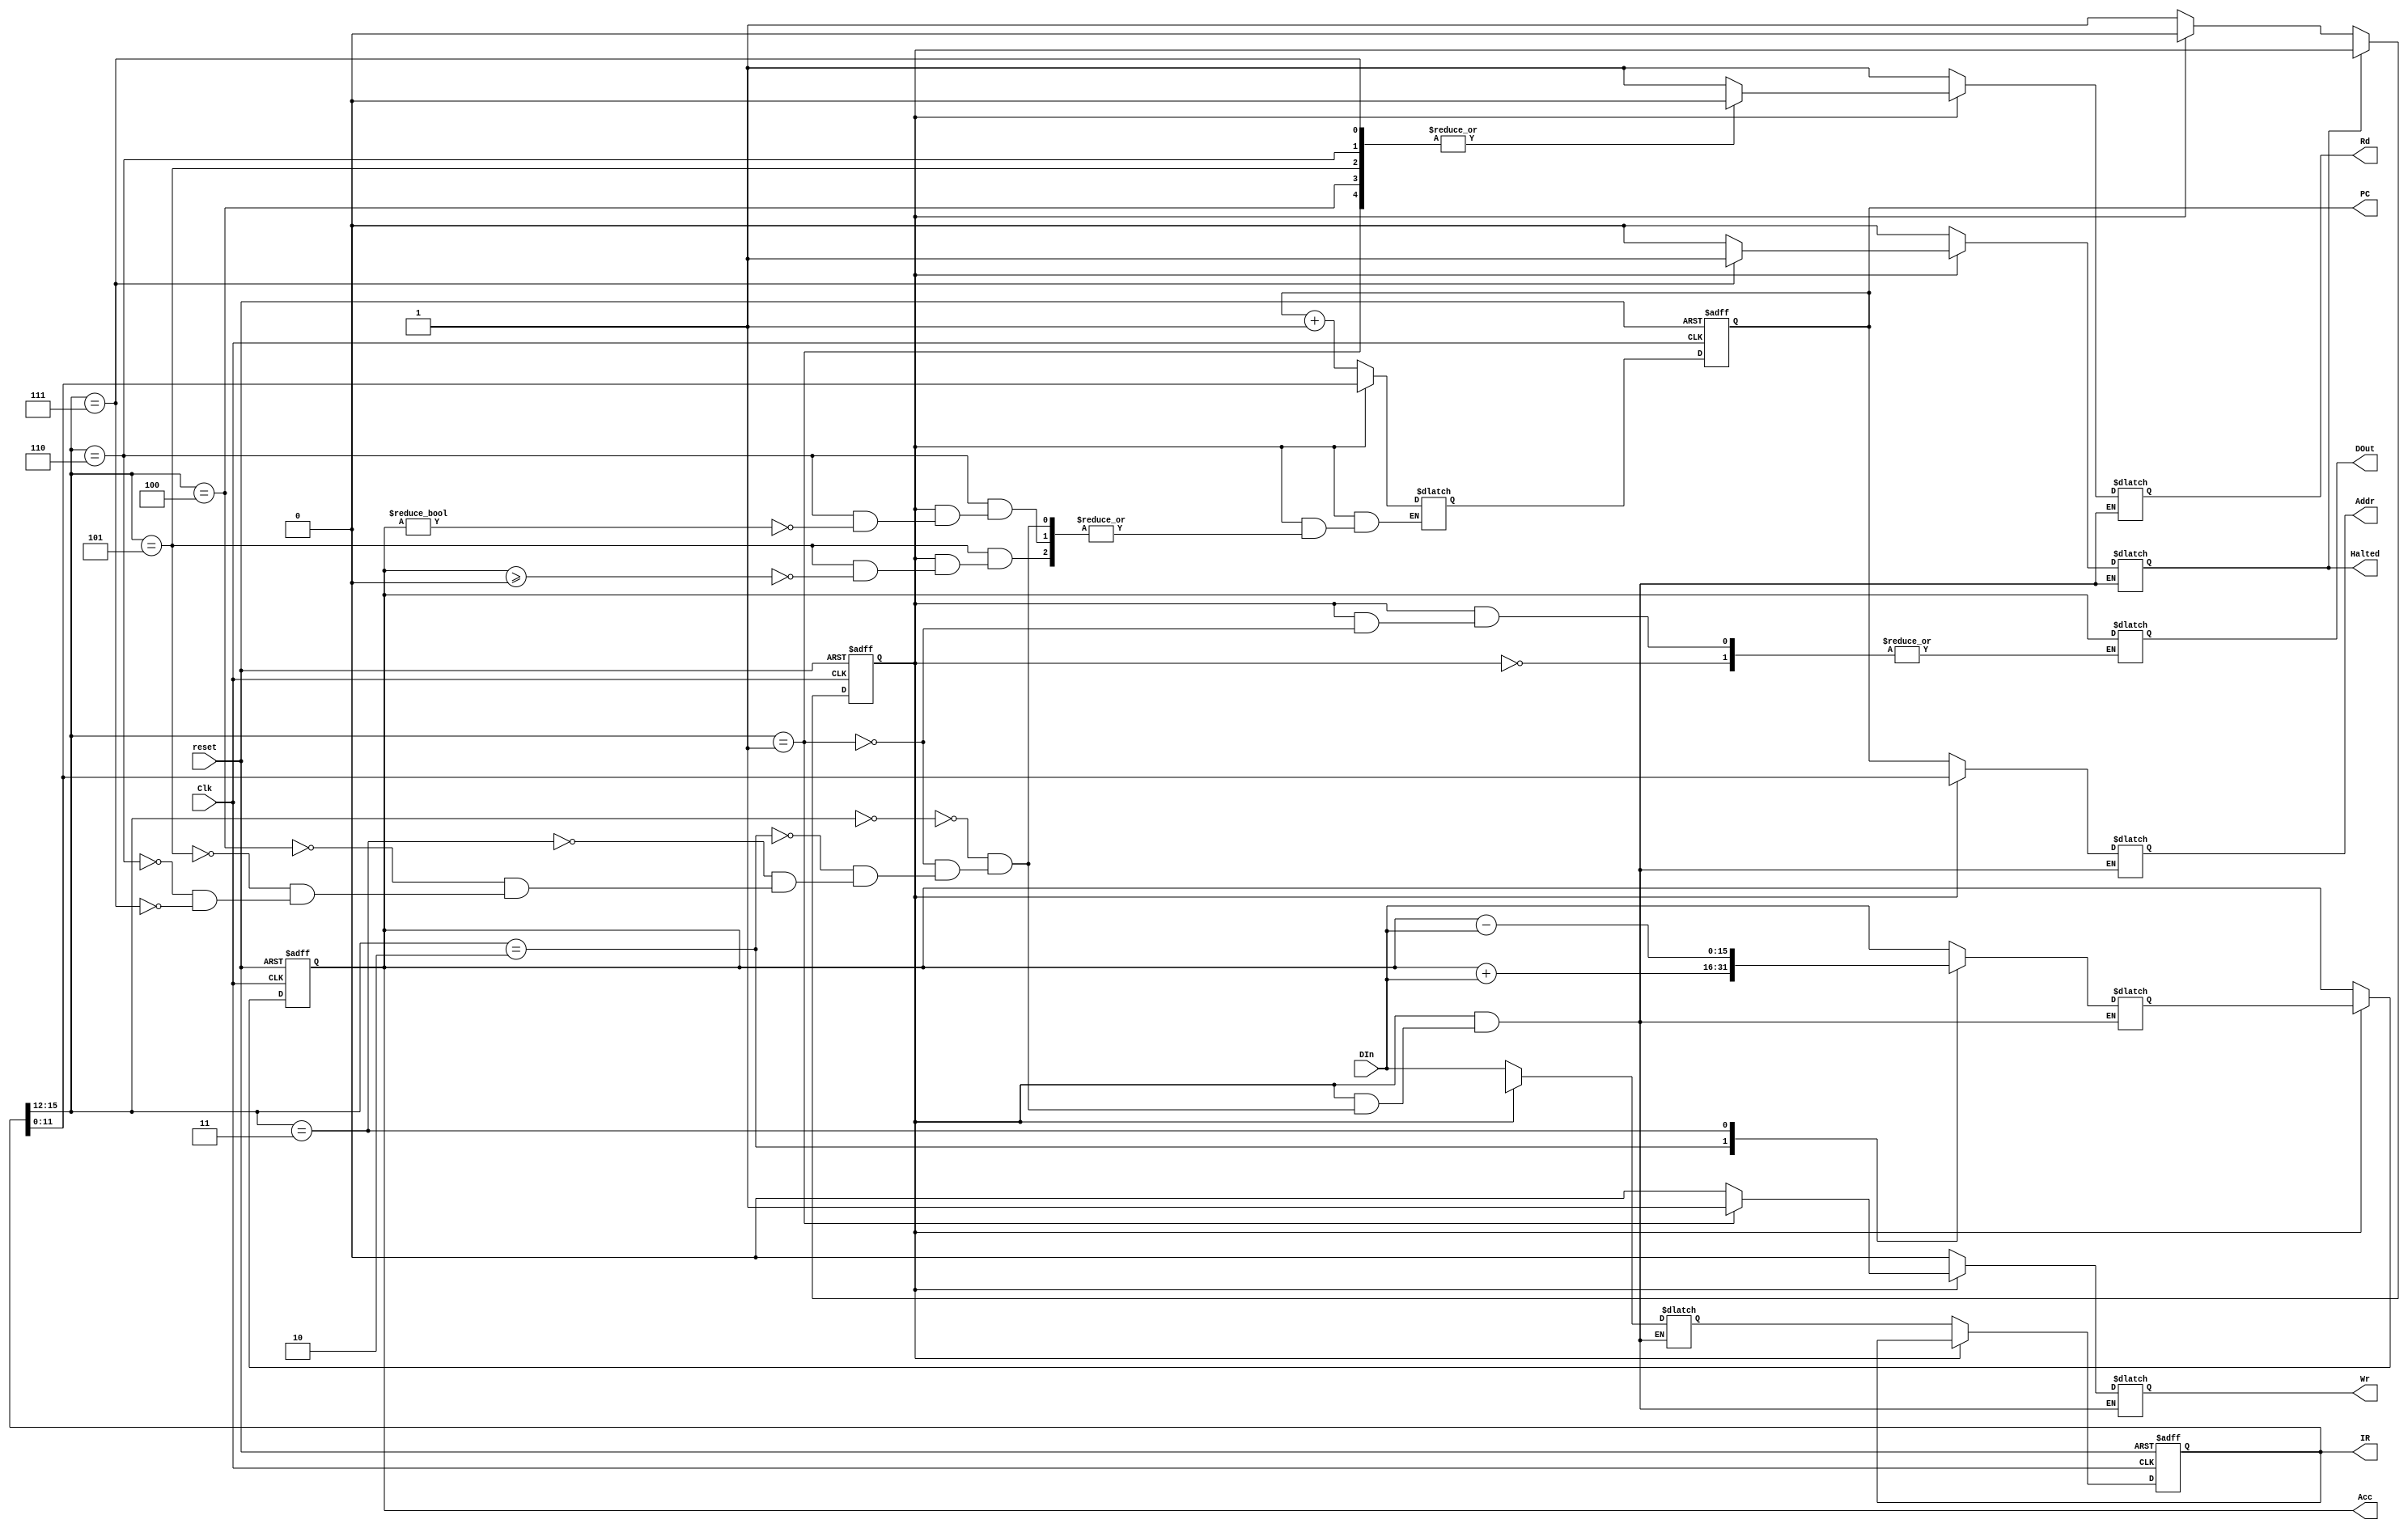
//Verilog HDL for Undergraduate course: "COMP12111", "MU0_Control" "functional"

module MU0_try (input   Clk, 
                input   reset,
		            input   [15:0] DIn,
                output  reg [11:0] Addr,
                output  reg Wr, 
                output  reg Rd,
                output  reg Halted,
		            output  reg [11:0] PC,
                output  reg [15:0] IR,
                output  reg [15:0] Acc,
                output  reg [15:0] DOut);
		
reg current_state;
reg [11:0]PC_value;
reg [15:0]IR_value;
reg [15:0]Acc_value;

always@(posedge Clk, posedge reset)
begin
  if (reset)
    begin
      current_state <= 0;
    end
  else
    begin
    if(!Halted)
      if(!current_state)
        current_state <= 1;
      else 
        current_state <= 0;
    end
end

always@(posedge Clk, posedge reset)   // IR register
begin
  if (reset)
    IR <= 0;
  else if(!current_state)
    IR <= IR_value;
end

always@(posedge Clk, posedge reset)  // PC register
begin
  if (reset)
    PC <= 0;
  else
    PC <= PC_value;
end

always@(posedge Clk, posedge reset)  // Acc register
begin
  if (reset)
    Acc <= 0;
  else if(current_state)
    Acc <= Acc_value;
end
  
always@(*)
  if(!current_state)     // fetch
    begin
      Rd=1;
      Wr=0;
      Addr = PC;
      Halted = 0;
      IR_value = DIn;
      PC_value = PC +1;
      Acc_value = 'hxxxx;
    end 
  else               // decode and execute
    begin
      case(IR[15:12])
       
      0: begin      // load
        Addr = IR[11:0];
	      Acc_value = DIn;
	      Halted = 0;
	      Rd=1;
              Wr=0;
	      IR_value = 'hxxxx;
	      PC_value = 'hxxxx;
      end
      
      1: begin   // store
        Wr=1;
        Addr = IR[11:0];
	      DOut = Acc;
	      Halted = 0;
	      Rd=0;
        Wr=1;
	      Acc_value = 'hxxxx;
	      IR_value = 'hxxxx;
	      PC_value = 'hxxxx;
      end
      
      2: begin   // add
        Addr = IR[11:0];
	      Acc_value = Acc + DIn;
	      Halted = 0;
	      Rd=1;
        Wr=0;
	      IR_value = 'hxxxx;
	      PC_value = 'hxxxx;
      end
      
      3: begin   // sub
        Addr = IR[11:0];
	      Acc_value = Acc - DIn;
	      Halted = 0;
	      Rd=1;
        Wr=0;
	      PC_value = 'hxxxx;
	      IR_value = 'hxxxx;
      end
      
      4: begin  // jump
        PC_value = IR[11:0];
        Halted = 0;
	      Rd=0;
        Wr=0;
        Addr = 'hxxx;
        Acc_value = 'hxxxx;
        IR_value = 'hxxxx;
	    end
      
      5: begin // jump GE
        if(Acc>=0) PC_value = IR[11:0];
	       Halted = 0;
	       Addr = 'hxxx;
	       Acc_value = 'hxxxx;
	       IR_value = 'hxxxx;
	       Rd=0;
         Wr=0;
      end
      
      6: begin // jump NE
        if(Acc!=0) PC_value = IR[11:0];
        Halted = 0;
        Rd=0;
        Wr=0;
        Addr = 'hxxx;
        Acc_value = 'hxxxx;
        IR_value = 'hxxxx;
	    end
      
      7: begin // halted
        Halted = 1;
	      Rd=0;
        Wr=0;
        Addr = 'hxxx;
	      Acc_value = 'hxxxx;
	      IR_value = 'hxxxx;
	      PC_value = 'hxxxx;
	    end
    endcase
  end
	
endmodule